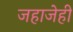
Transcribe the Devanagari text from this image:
जहाजेही